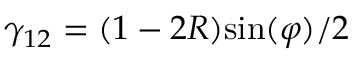
\gamma _ { 1 2 } = ( 1 - 2 R ) \mathrm { s i n } ( \varphi ) / 2